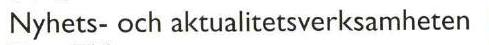
Nyhets- och aktualitetsverksamheten